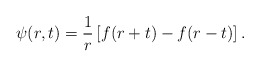
\begin{align*}\psi(r,t) = {1\over r} \left[ f(r+t) - f(r-t) \right].\end{align*}